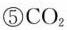
⑤CO_{2|